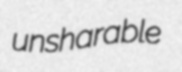
unsharable